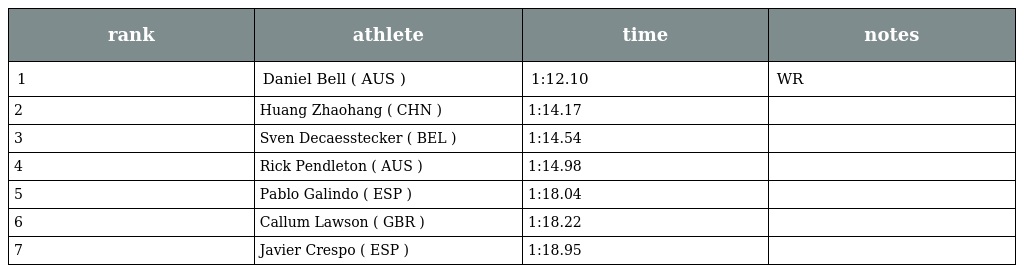
| rank | athlete | time | notes |
 | --- | --- | --- | --- |
 | 1 | Daniel Bell ( AUS ) | 1:12.10 | WR |
 | 2 | Huang Zhaohang ( CHN ) | 1:14.17 |  |
 | 3 | Sven Decaesstecker ( BEL ) | 1:14.54 |  |
 | 4 | Rick Pendleton ( AUS ) | 1:14.98 |  |
 | 5 | Pablo Galindo ( ESP ) | 1:18.04 |  |
 | 6 | Callum Lawson ( GBR ) | 1:18.22 |  |
 | 7 | Javier Crespo ( ESP ) | 1:18.95 |  |